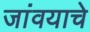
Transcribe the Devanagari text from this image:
जांवयाचे